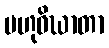
ဗဟုဝိဃာတာ